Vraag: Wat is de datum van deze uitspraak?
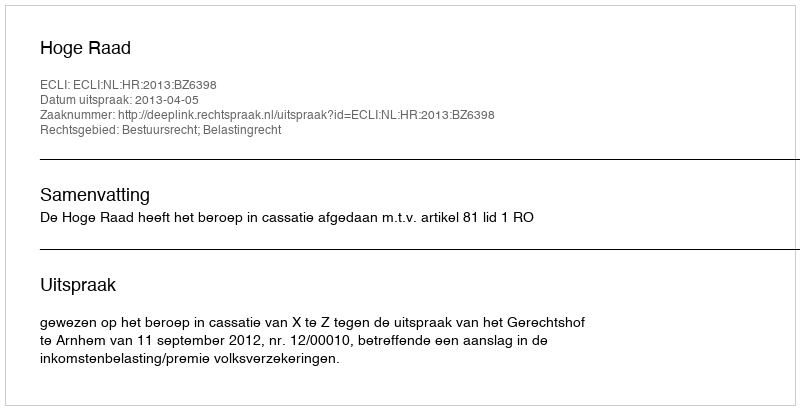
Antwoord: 2013-04-05